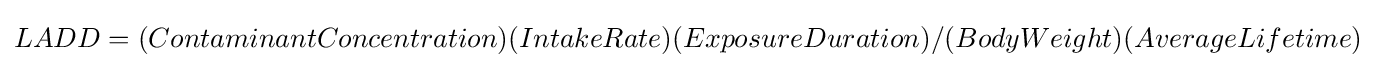
LADD=(ContaminantConcentration)(IntakeRate)(ExposureDuration)/(BodyWeight)(AverageLifetime)